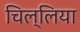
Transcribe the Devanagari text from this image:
चिल्लिया